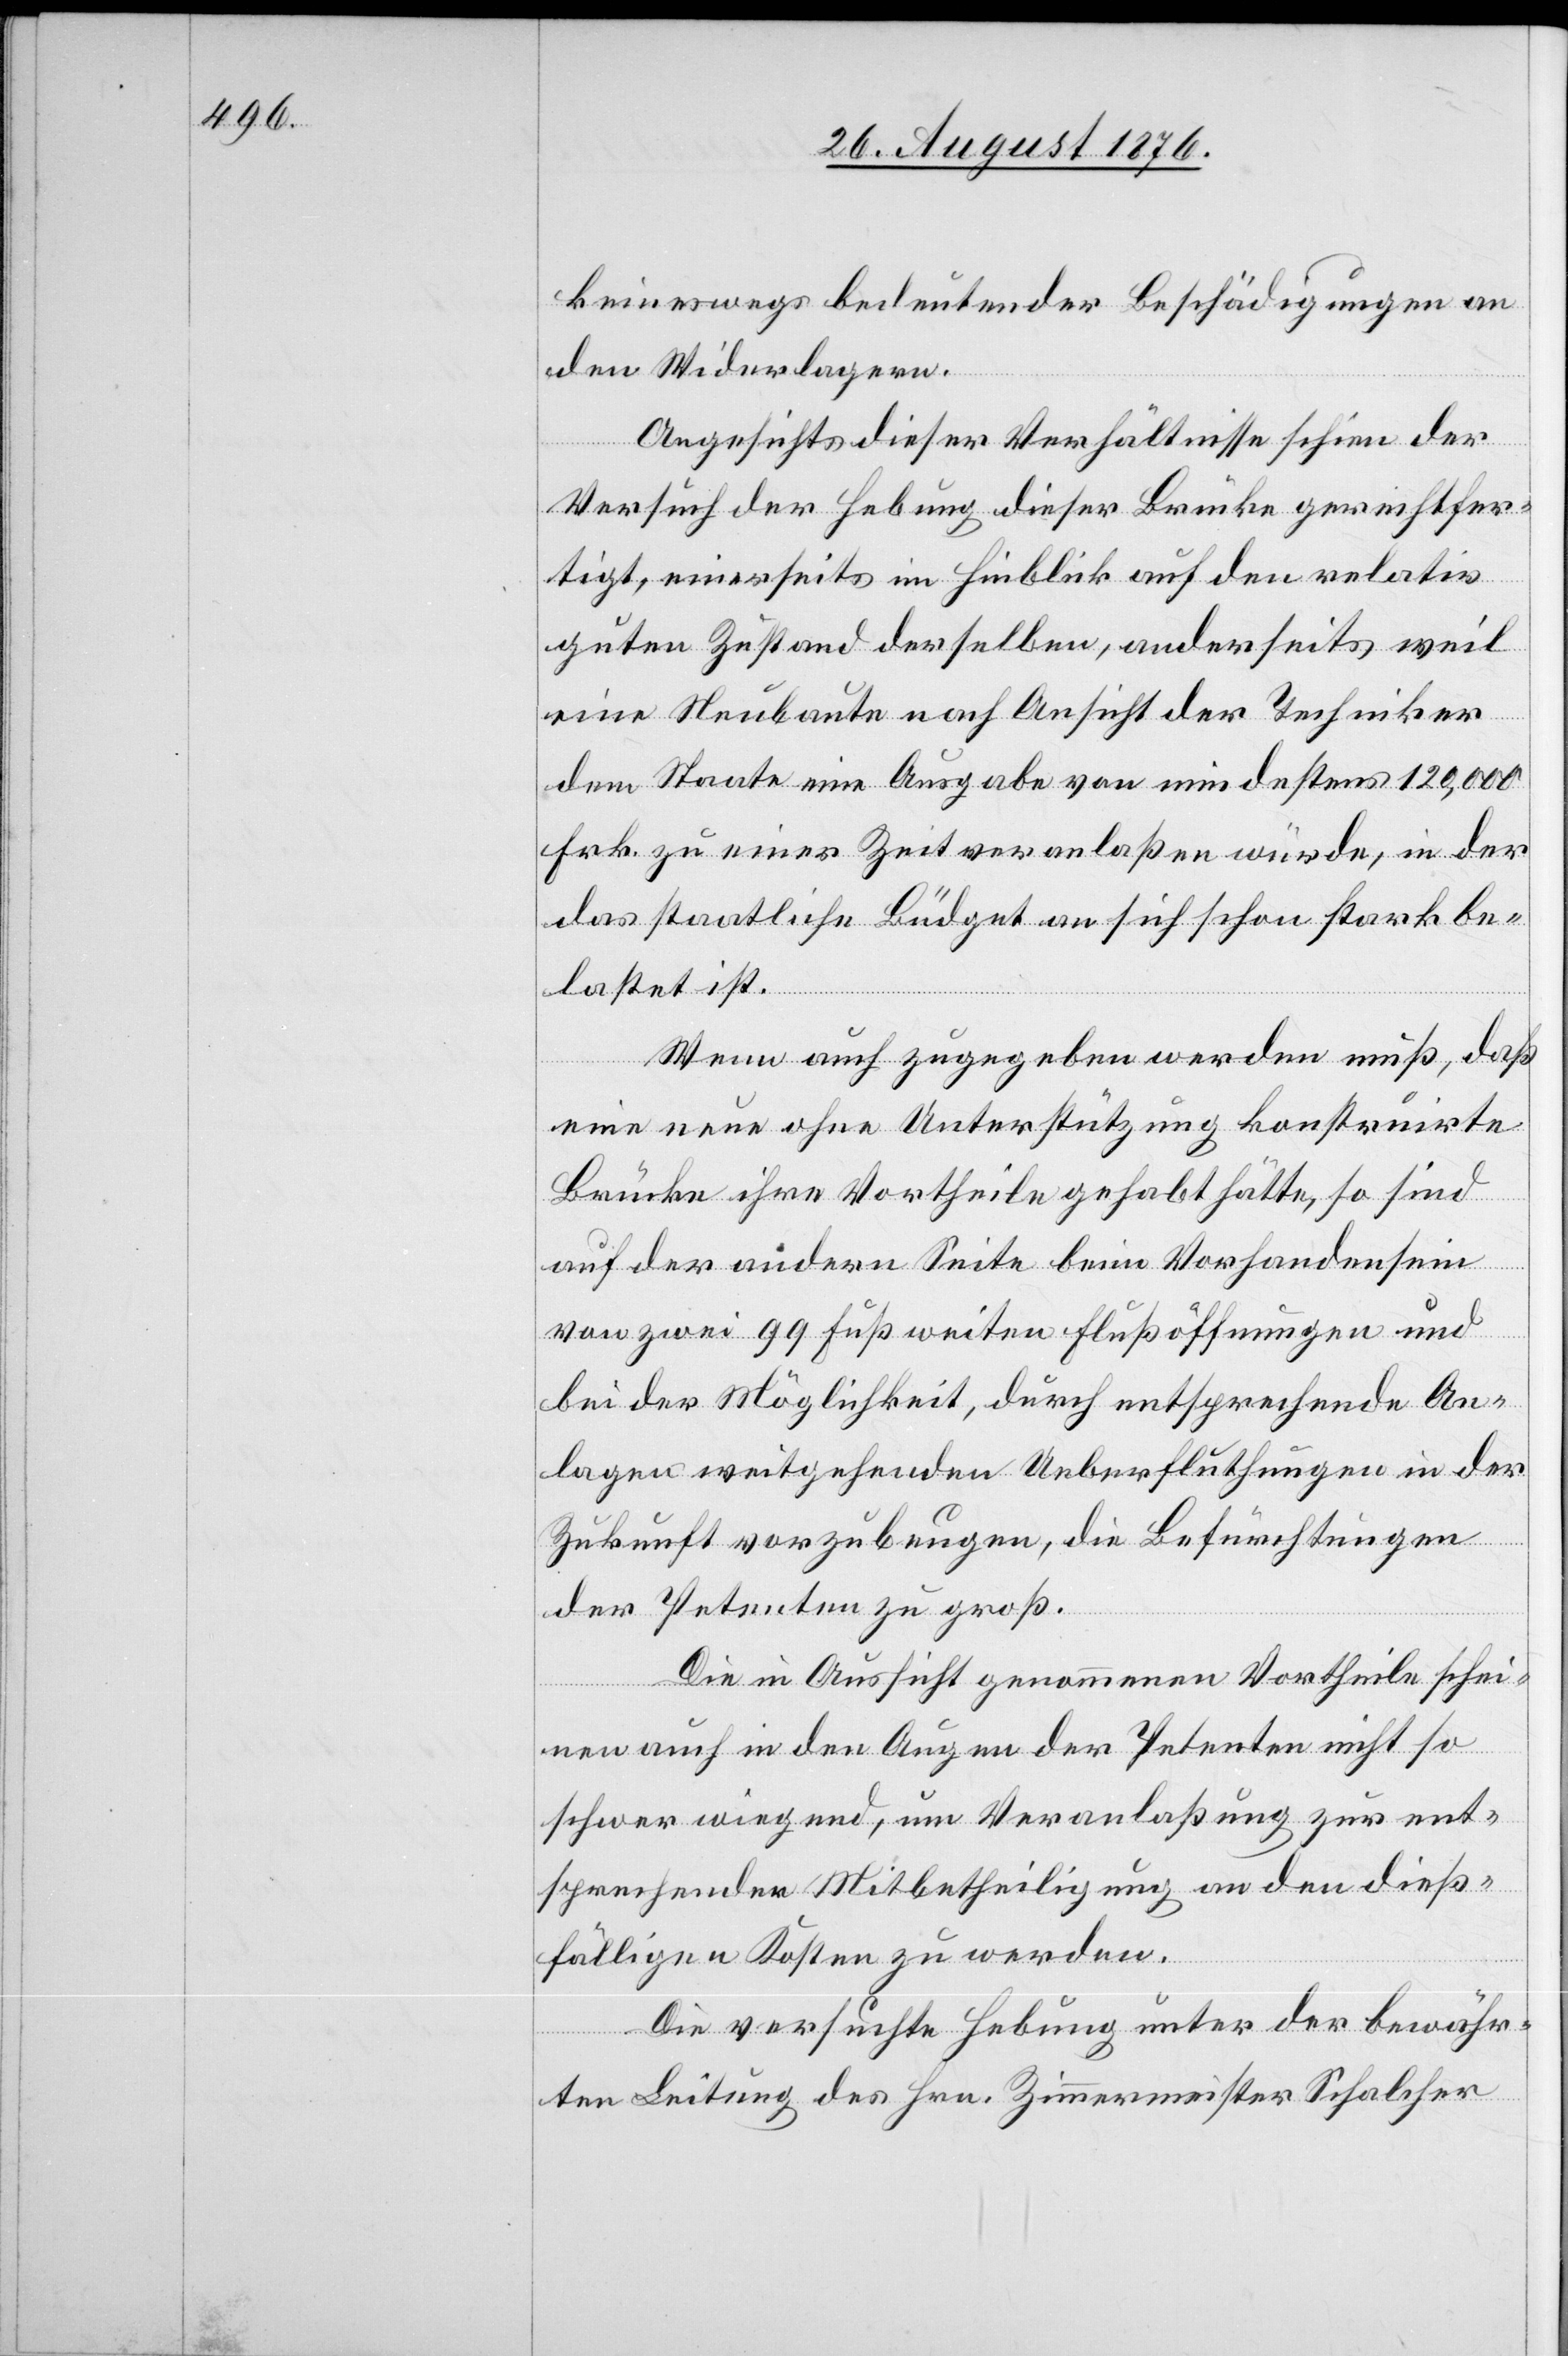
keineswegs bedeutender Schädigungen an
den Widerlagern.
Angesichts dieser Verhältnisse schien der
Versuch der Hebung dieser Brücke gerechtfer¬
tigt, einerseits im Hinblick auf den relativ
guten Zustand derselben, anderseits weil
eine Neubaute nach Ansicht der Techniker
dem Staate eine Ausgabe von mindestens 120,000
Frk. zu einer Zeit veranlaßen würde, in der
das staatliche Büdget an sich schon stark be¬
lastet ist.
Wenn auch zugegeben werden muß, daß
eine neue ohne Unterstützung konstruirte
Brücke ihre Vortheile gehabt hätte, so sind
auf der andern Seite beim Vorhandensein
von zwei 99 Fuß weiten Flußöffnungen und
bei der Möglichkeit, durch entsprechend An¬
lagen weitgehenden Ueberflutungen in der
Zukunft vorzubeugen, die Befürchtungen
der Petenten zu groß.
Die in Aussicht genommenen Vortheile schei¬
nen auch in den Augen der Petenten nicht so
schwer wiegend, um Veranlaßung zur ent¬
sprechenden Mitbetheiligung an den dieß¬
fälligen Kosten zu werden
Die versuchte Hebung unter der bewähr¬
ten Leitung des Hrn. Zimmermeister Schalcher